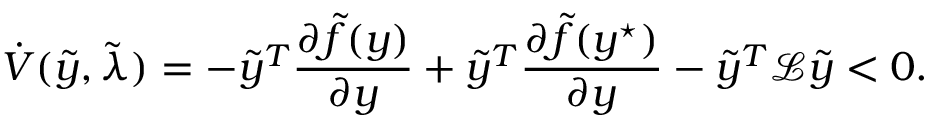
\dot { V } ( \tilde { y } , \tilde { \lambda } ) = - \tilde { y } ^ { T } \frac { \partial \tilde { f } ( y ) } { \partial y } + \tilde { y } ^ { T } \frac { \partial \tilde { f } ( y ^ { \star } ) } { \partial y } - \tilde { y } ^ { T } \mathcal { L } \tilde { y } < 0 .